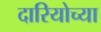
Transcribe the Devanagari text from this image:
दारियोच्या